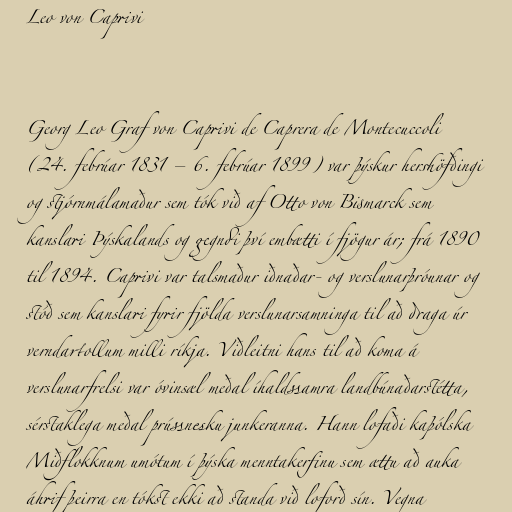
Leo von Caprivi

Georg Leo Graf von Caprivi de Caprera de Montecuccoli
(24. febrúar 1831 – 6. febrúar 1899) var þýskur hershöfðingi
og stjórnmálamaður sem tók við af Otto von Bismarck sem
kanslari Þýskalands og gegndi því embætti í fjögur ár; frá 1890
til 1894. Caprivi var talsmaður iðnaðar- og verslunarþróunar og
stóð sem kanslari fyrir fjölda verslunarsamninga til að draga úr
verndartollum milli ríkja. Viðleitni hans til að koma á
verslunarfrelsi var óvinsæl meðal íhaldssamra landbúnaðarstétta,
sérstaklega meðal prússnesku junkeranna. Hann lofaði kaþólska
Miðflokknum umótum í þýska menntakerfinu sem ættu að auka
áhrif þeirra en tókst ekki að standa við loforð sín. Vegna